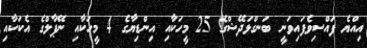
އިއްޔެ ފައްސިވެފައިވަނީ ބަނގްޅަދޭޝްގެ 25 މީހަކާއި އިންޑިޔާގެ 4 މީހަކާއި ނޭޕާލްގެ އެކަކާއި